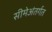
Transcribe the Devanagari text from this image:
सीमेअंतर्गत